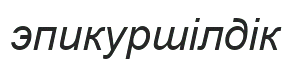
эпикуршілдік